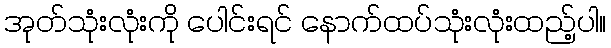
အုတ်သုံးလုံးကို ပေါင်းရင် နောက်ထပ်သုံးလုံးထည့်ပါ။